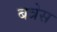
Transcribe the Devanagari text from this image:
बत्रेस